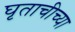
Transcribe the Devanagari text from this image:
घृताचीच्या